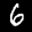
Label: 6